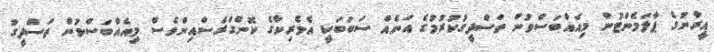
އީރާނުގެ ޕާލަމެންޓުން މިއެއްބަސްވުން ތަސްދީގުކުރުމުގެ އަނެއް ސަބަބަކީ އެމެރިކާގެ ކޮންގްރެސްއިންވެސް މިއެއްބަސްވުން ތަސްދީގު